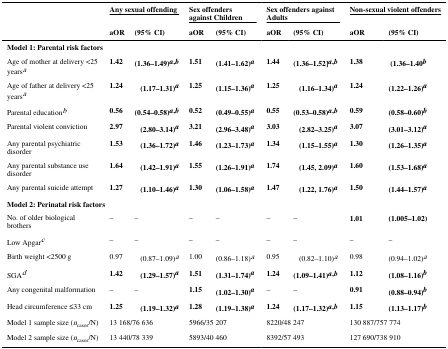
<table><thead><tr><td></td><td colspan="2"><b>Any sexual offending</b></td><td colspan="2"><b>Sex offenders against Children</b></td><td colspan="2"><b>Sex offenders against Adults</b></td><td colspan="2"><b>Non-sexual violent offenders</b></td></tr><tr><td></td><td><b>aOR</b></td><td><b>(95% CI)</b></td><td><b>aOR</b></td><td><b>(95% CI)</b></td><td><b>aOR</b></td><td><b>(95% CI)</b></td><td><b>aOR</b></td><td><b>(95% CI)</b></td></tr></thead><tbody><tr><td colspan="9"><b>Model 1: Parental risk factors</b></td></tr><tr><td>Age of mother at delivery &lt;25 yearsa</td><td><b>1.42</b></td><td><b>(1.36–1.49)a,b</b></td><td><b>1.51</b></td><td><b>(1.41–1.62)a</b></td><td><b>1.44</b></td><td><b>(1.36–1.52]a,b</b></td><td><b>1.38</b></td><td> <b>(1.36–1.40b</b></td></tr><tr><td>Age of father at delivery &lt;25 yearsa</td><td><b>1.24</b></td><td><b>(1.17–1.31)a</b></td><td><b>1.25</b></td><td><b>(1.15–1.36)a</b></td><td><b>1.25</b></td><td><b>(1.16–1.34)a</b></td><td><b>1.24</b></td><td><b>(1.22–1.26)a</b></td></tr><tr><td>Parental educationb</td><td><b>0.56</b></td><td><b>(0.54–0.58)a,b</b></td><td><b>0.52</b></td><td><b>(0.49–0.55)a</b></td><td><b>0.55</b></td><td><b>(0.53–0.58)a,b</b></td><td><b>0.59</b></td><td><b>(0.58–0.60)b</b></td></tr><tr><td>Parental violent conviction</td><td><b>2.97</b></td><td><b>(2.80–3.14)a</b></td><td><b>3.21</b></td><td><b>(2.96–3.48)a</b></td><td><b>3.03</b></td><td><b>(2.82–3.25)a</b></td><td><b>3.07</b></td><td><b>(3.01–3.12)a</b></td></tr><tr><td>Any parental psychiatric disorder</td><td><b>1.53</b></td><td><b>(1.36–1.72)a</b></td><td><b>1.46</b></td><td><b>(1.23–1.73)a</b></td><td><b>1.34</b></td><td><b>(1.15–1.55)a</b></td><td><b>1.30</b></td><td><b>(1.26–1.35)a</b></td></tr><tr><td>Any parental substance use disorder</td><td><b>1.64</b></td><td><b>(1.42–1.91)a</b></td><td><b>1.55</b></td><td><b>(1.26–1.91)a</b></td><td><b>1.74</b></td><td><b>(1.45, 2.09)a</b></td><td><b>1.60</b></td><td><b>(1.53–1.68)a</b></td></tr><tr><td>Any parental suicide attempt</td><td><b>1.27</b></td><td><b>(1.10–1.46)a</b></td><td><b>1.30</b></td><td><b>(1.06–1.58)a</b></td><td><b>1.47</b></td><td><b>(1.22, 1.76)a</b></td><td><b>1.50</b></td><td><b>(1.44–1.57)a</b></td></tr><tr><td colspan="9"><b>Model 2: Perinatal risk factors</b></td></tr><tr><td>No. of older biological brothers</td><td>–</td><td>–</td><td>–</td><td>–</td><td>–</td><td>–</td><td><b>1.01</b></td><td><b>(1.005–1.02)</b></td></tr><tr><td>Low Apgarc</td><td>–</td><td>–</td><td>–</td><td>–</td><td>–</td><td>–</td><td>–</td><td>–</td></tr><tr><td>Birth weight &lt;2500 g</td><td>0.97</td><td>(0.87–1.09)a</td><td>1.00</td><td>(0.86–1.18)a</td><td>0.95</td><td>(0.82–1.10)a</td><td>0.98</td><td>(0.94–1.02)a</td></tr><tr><td>SGAd</td><td><b>1.42</b></td><td><b>(1.29–1.57)a</b></td><td><b>1.51</b></td><td><b>(1.31–1.74)a</b></td><td><b>1.24</b></td><td><b>(1.09–1.41)a,b</b></td><td><b>1.12</b></td><td><b>(1.08–1.16)b</b></td></tr><tr><td>Any congenital malformation</td><td>–</td><td>–</td><td><b>1.15</b></td><td><b>(1.02–1.30)a</b></td><td>–</td><td>–</td><td><b>0.91</b></td><td><b>(0.88–0.94)b</b></td></tr><tr><td>Head circumference ≤33 cm</td><td><b>1.25</b></td><td><b>(1.19–1.32)a</b></td><td><b>1.28</b></td><td><b>(1.19–1.38)a</b></td><td><b>1.24</b></td><td><b>(1.17–1.32)a,b</b></td><td><b>1.15</b></td><td><b>(1.13–1.17)b</b></td></tr><tr><td>Model 1 sample size (<i>n</i><sub>cases</sub>/N)</td><td colspan="2">13 168/76 636</td><td colspan="2">5966/35 207</td><td colspan="2">8220/48 247</td><td colspan="2">130 887/757 774</td></tr><tr><td>Model 2 sample size (<i>n</i><sub>cases</sub>/N)</td><td colspan="2">13 440/78 339</td><td colspan="2">5893/40 460</td><td colspan="2">8392/57 493</td><td colspan="2">127 690/738 910</td></tr></tbody></table>